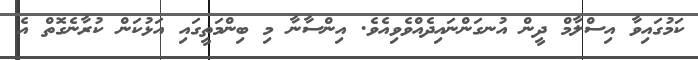
ކަމުގައިވާ އިސްލާމް ދީން އުނގަންނައިދެއްވެވިއެވެ. އިންސާނާ މި ބިންމަތީގައި އަޅުކަން ކުރާނެގޮތް އެ